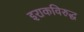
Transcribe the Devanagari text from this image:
इराकविरुद्ध